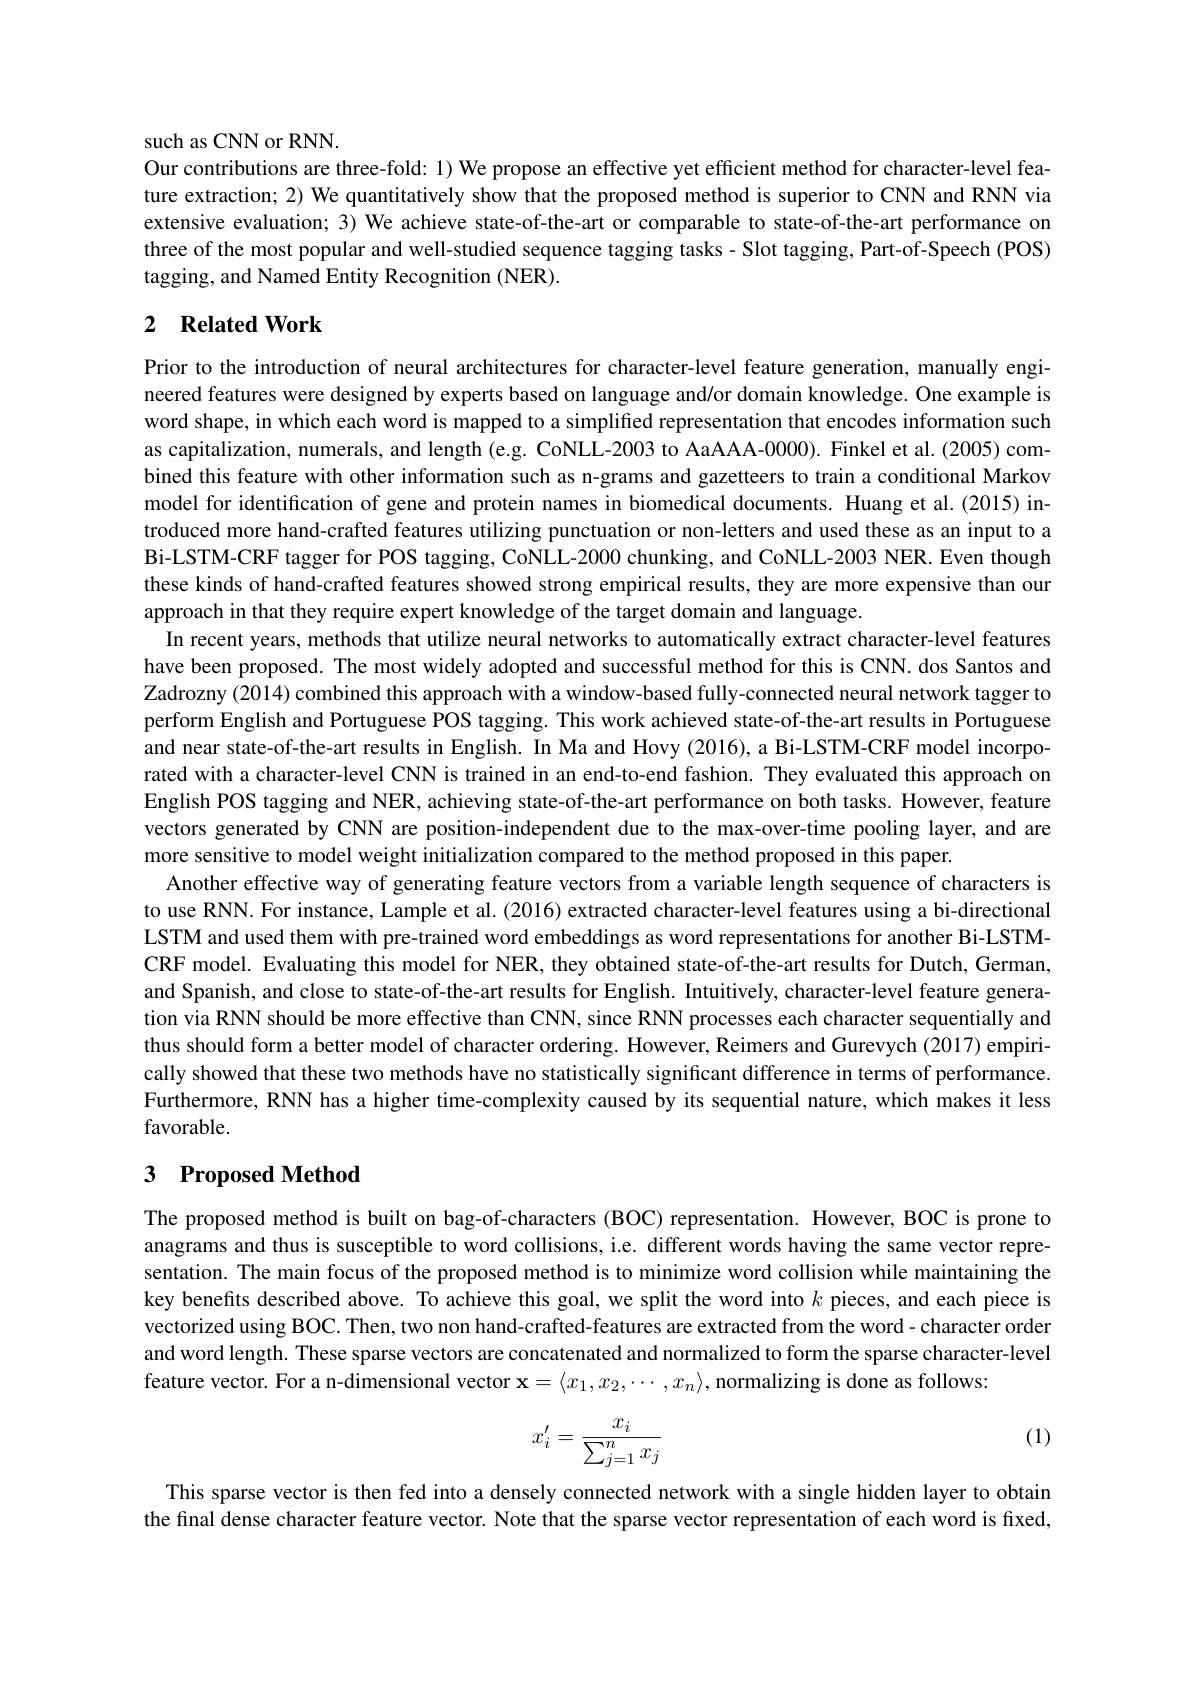
such as CNN or RNN.
Our contributions are three-fold: 1) We propose an effective yet efficient method for character-level feature extraction; 2) We quantitatively show that the proposed method is superior to CNN and RNN via extensive evaluation; 3) We achieve state-of-the-art or comparable to state-of-the-art performance on three of the most popular and well-studied sequence tagging tasks- Slot tagging, Part-of-Speech (POS) tagging, and Named Entity Recognition (NER).

## 2 Related Work

Prior to the introduction of neural architectures for character-level feature generation, manually engineered features were designed by experts based on language and/or domain knowledge. One example is word shape, in which each word is mapped to a simplified representation that encodes information such as capitalization, numerals, and length (e.g. CoNLL-2003 to AaAAA-0000). Finkel et al. (2005) combined this feature with other information such as n-grams and gazetteers to train a conditional Markov model for identification of gene and protein names in biomedical documents. Huang et al.(2015) introduced more hand-crafted features utilizing punctuation or non-letters and used these as an input to a Bi-LSTM-CRF tagger for POS tagging, CoNLL-2000 chunking, and CoNLL-2003 NER. Even though these kinds of hand-crafted features showed strong empirical results, they are more expensive than our approach in that they require expert knowledge of the target domain and language.
In recent years, methods that utilize neural networks to automatically extract character-level features have been proposed. The most widely adopted and successful method for this is CNN. dos Santos and Zadrozny (2014) combined this approach with a window-based fully-connected neural network tagger to perform English and Portuguese POS tagging. This work achieved state-of-the-art results in Portuguese and near state-of-the-art results in English. In Ma and Hovy (2016), a Bi-LSTM-CRF model incorporated with a character-level CNN is trained in an end-to-end fashion. They evaluated this approach on English POS tagging and NER, achieving state-of-the-art performance on both tasks. However, feature vectors generated by CNN are position-independent due to the max-over-time pooling layer, and are more sensitive to model weight initialization compared to the method proposed in this paper.
Another effective way of generating feature vectors from a variable length sequence of characters is to use RNN. For instance, Lample et al. (2016) extracted character-level features using a bi-directional LSTM and used them with pre-trained word embeddings as word representations for another Bi-LSTMCRF model. Evaluating this model for NER, they obtained state-of-the-art results for Dutch, German, and Spanish, and close to state-of-the-art results for English. Intuitively, character-level feature generation via RNN should be more effective than CNN, since RNN processes each character sequentially and thus should form a better model of character ordering. However, Reimers and Gurevych (2017) empirically showed that these two methods have no statistically significant difference in terms of performance. Furthermore, RNN has a higher time-complexity caused by its sequential nature, which makes it less favorable.

## 3 Proposed Method

The proposed method is built on bag-of-characters (BOC) representation. However, BOC is prone to anagrams and thus is susceptible to word collisions, i.e. different words having the same vector representation. The main focus of the proposed method is to minimize word collision while maintaining the key benefits described above. To achieve this goal, we split the word into $k$ pieces, and each piece is vectorized using BOC. Then, two non hand-crafted-features are extracted from the word- character order and word length. These sparse vectors are concatenated and normalized to form the sparse character-level feature vector. For a n-dimensional vector $\mathbf{x}=\langle x_1,x_2,\cdots,x_n\rangle$,normalizing is done as follows:

(1)
$$x_i'=\frac{x_i}{\sum_{j=1}^nx_j}$$
This sparse vector is then fed into a densely connected network with a single hidden layer to obtain the final dense character feature vector. Note that the sparse vector representation of each word is fixed,